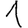
Digit: 1